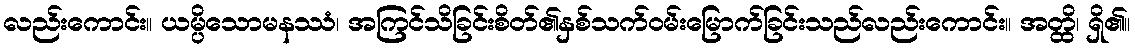
လည်းကောင်း။ ယမ္ပိသောမနဿံ၊ အကြင်သိခြင်းစိတ်၏နှစ်သက်ဝမ်းမြောက်ခြင်းသည်လည်းကောင်း။ အတ္ထိ၊ ရှိ၏။